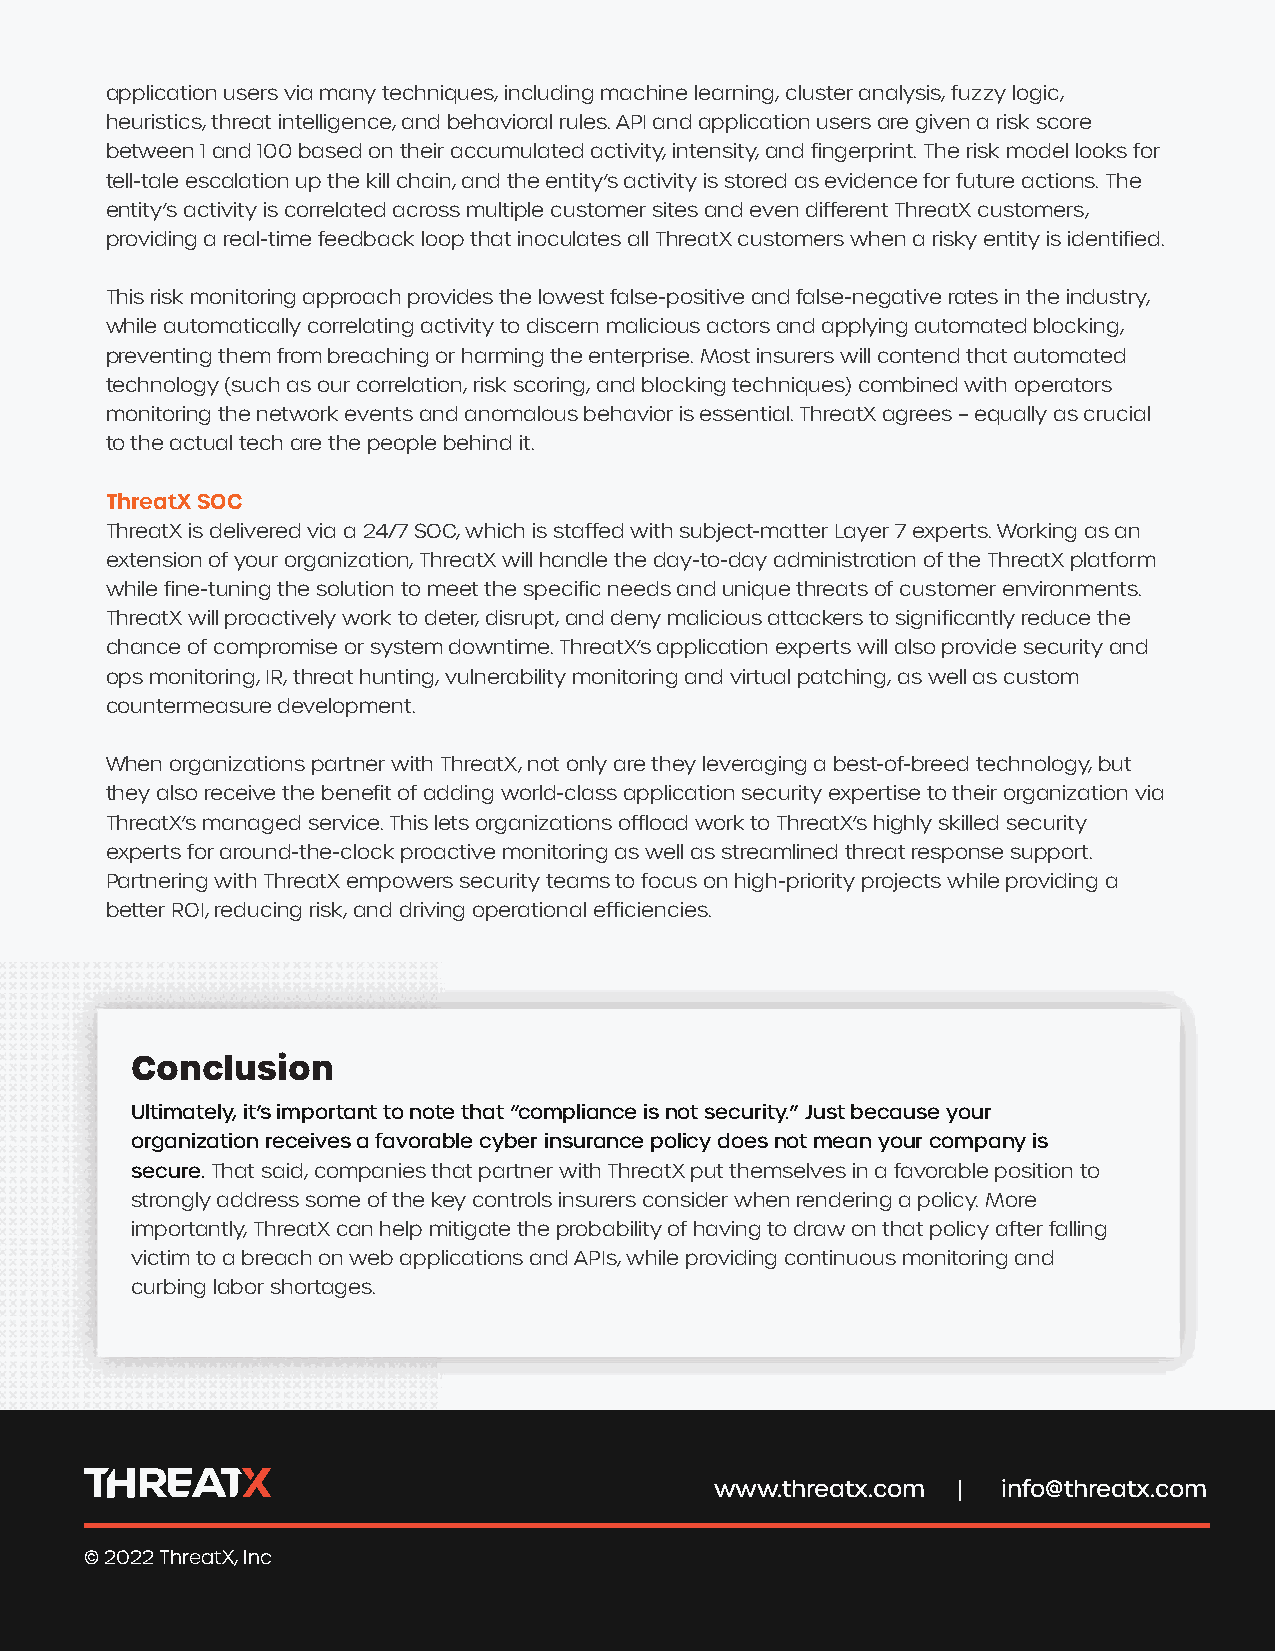
application users via many techniques, including machine learning, cluster analysis, fuzzy logic,
 heuristics, threat intelligence, and behavioral rules. API and application users are given a risk score
 between 1 and 100 based on their accumulated activity, intensity, and fingerprint. The risk model looks for
 tell-tale escalation up the kill chain, and the entity’s activity is stored as evidence for future actions. The
 entity’s activity is correlated across multiple customer sites and even different ThreatX customers,
 providing a real-time feedback loop that inoculates all ThreatX customers when a risky entity is identified.
 This risk monitoring approach provides the lowest false-positive and false-negative rates in the industry,
 while automatically correlating activity to discern malicious actors and applying automated blocking,
 preventing them from breaching or harming the enterprise. Most insurers will contend that automated
 technology (such as our correlation, risk scoring, and blocking techniques) combined with operators
 monitoring the network events and anomalous behavior is essential. ThreatX agrees – equally as crucial
 to the actual tech are the people behind it.
 ThreatX SOC
 ThreatX is delivered via a 24/7 SOC, which is staffed with subject-matter Layer 7 experts. Working as an
 extension of your organization, ThreatX will handle the day-to-day administration of the ThreatX platform
 while fine-tuning the solution to meet the specific needs and unique threats of customer environments.
 ThreatX will proactively work to deter, disrupt, and deny malicious attackers to significantly reduce the
 chance of compromise or system downtime. ThreatX’s application experts will also provide security and
 ops monitoring, IR, threat hunting, vulnerability monitoring and virtual patching, as well as custom
 countermeasure development.
 When organizations partner with ThreatX, not only are they leveraging a best-of-breed technology, but
 they also receive the benefit of adding world-class application security expertise to their organization via
 ThreatX’s managed service. This lets organizations offload work to ThreatX’s highly skilled security
 experts for around-the-clock proactive monitoring as well as streamlined threat response support.
 Partnering with ThreatX empowers security teams to focus on high-priority projects while providing a
 better ROI, reducing risk, and driving operational efficiencies.
 Conclusion
 Ultimately, it’s important to note that “compliance is not security.” Just because your
 organization receives a favorable cyber insurance policy does not mean your company is
 secure.That said, companies that partner with ThreatX put themselves in a favorable position to
 strongly address some of the key controls insurers consider when rendering a policy. More
 importantly, ThreatX can help mitigate the probability of having to draw on that policy after falling
 victim to a breach on web applications and APIs, while providing continuous monitoring and
 curbing labor shortages.
 www.threatx.com |  info@threatx.com
 © 2022 ThreatX, Inc